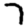
Digit: 7